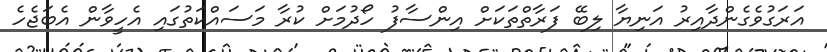
އަރަގުވެގެންދާއިރު އަނިޔާ ލިބޭ ފަރާތްތަކަށް އިންސާފު ހޯދުމަށް ކުރާ މަސައްކަތުގައި އެހީވާން އެބަޖެހެ